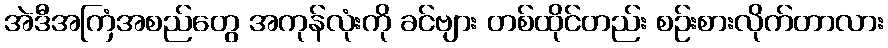
အဲဒီအကြံအစည်တွေ အကုန်လုံးကို ခင်ဗျား တစ်ထိုင်တည်း စဉ်းစားလိုက်တာလား